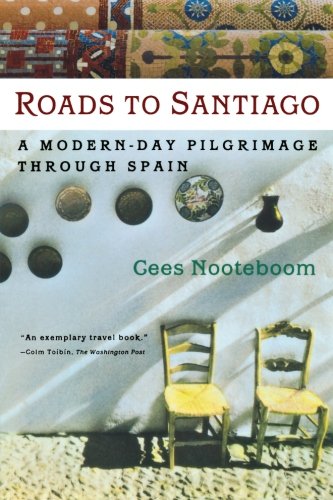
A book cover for Roads to Santiago; Cees Nooteboom; History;